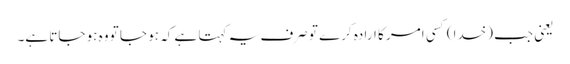
یعنی جب (خدا) کسی امر کا ارادہ کرے تو صرف یہ کہتا ہے کہ ہو جا تو وہ ہو جاتا ہے۔